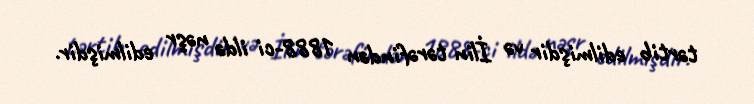
tərtib edilmişdir və İlin tərəfindən 1888-ci ildə nəşr edilmişdir.